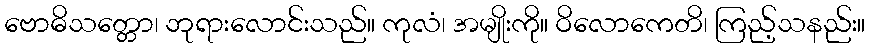
ဗောဓိသတ္တော၊ ဘုရားလောင်းသည်။ ကုလံ၊ အမျိုးကို။ ဝိလောကေတိ၊ ကြည့်သနည်း။